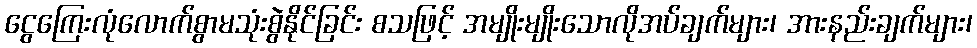
ငွေကြေးလုံလောက်စွာမသုံးစွဲနိုင်ခြင်း စသဖြင့် အမျိုးမျိုးသောလိုအပ်ချက်များ၊ အားနည်းချက်များ၊